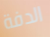
الدفة